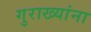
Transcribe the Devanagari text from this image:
गुराख्यांना